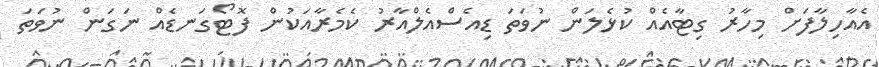
އެއާހިލާފަށް މިހާރު ގިޓާއެއް ކުޅެލަން ނުވަތަ ޑިއެސްއެލްއާރު ކެމެރާއަކުން ފޮޓޯގަނޑެއް ނަގަން ނުވަތަ